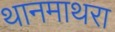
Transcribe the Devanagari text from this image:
थानमाथरा